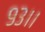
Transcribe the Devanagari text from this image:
९३।।